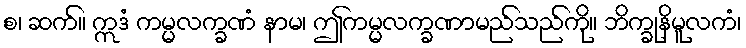
စ၊ ဆက်။ ဣဒံ ကမ္မလက္ခဏံ နာမ၊ ဤကမ္မလက္ခဏာမည်သည်ကို။ ဘိက္ခုနိမူလကံ၊